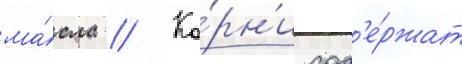
ма́сла // Ко́рн'и сод'е́ржат